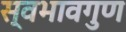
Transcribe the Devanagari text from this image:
स्वभावगुण